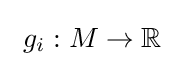
\ g_{i}:M\to \mathbb {R} \